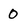
Character: 0